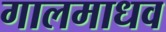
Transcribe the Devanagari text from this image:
गालमाधव